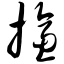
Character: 摅